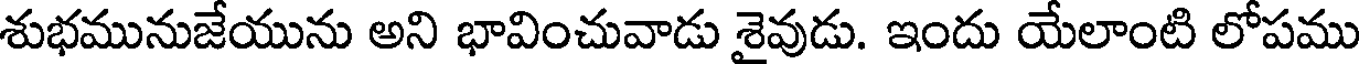
శుభమునుజేయును అని భావించువాడు శైవుడు. ఇందు యేలాంటి లోపము